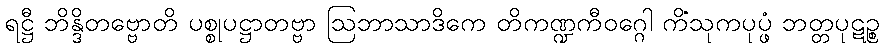
ရဋ္ဌီ ဘိန္ဒိတဗ္ဗောတိ ပစ္စုပဋ္ဌာတဗ္ဗာ ဩဘာသာဒိကေ တိကဏ္ဍကီဝဂ္ဂေါ ကိံသုကပုပ္ဖံ ဘတ္တပုဋဉ္စ